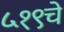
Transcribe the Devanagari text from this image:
५१९चे